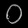
Digit: ၀